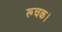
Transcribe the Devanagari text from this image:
रूचक।